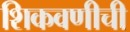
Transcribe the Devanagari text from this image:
शिकवणीची